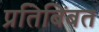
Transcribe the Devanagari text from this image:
प्रतिबिंबत